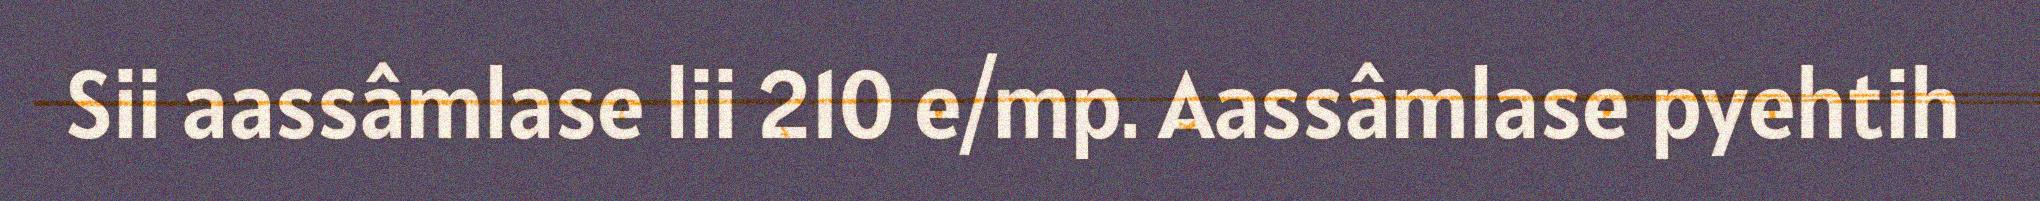
Sii aassâmlase lii 210 e/mp. Aassâmlase pyehtih